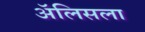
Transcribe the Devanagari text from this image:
ॲलिसला